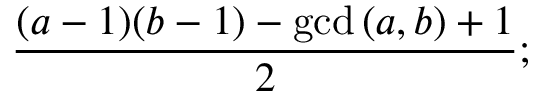
{ \frac { ( a - 1 ) ( b - 1 ) - \operatorname* { g c d } { ( a , b ) } + 1 } { 2 } } ;